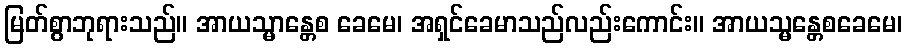
မြတ်စွာဘုရားသည်။ အာယသ္မာန္တေစ ခေမေ၊ အရှင်ခေမာသည်လည်းကောင်း။ အာယသ္မန္တေစခေမေ၊